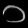
Digit: ၁